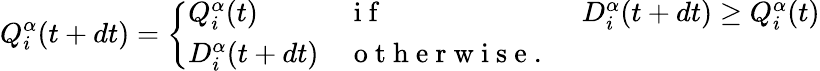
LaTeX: Q_{i}^{\alpha}(t+dt)=\left\{ \begin{array}{lll}{Q_{i}^{\alpha}(t)}&{\mathrm{~i~f~}}&{D_{i}^{\alpha}(t+dt)\geq Q_{i}^{\alpha}(t)}\\ {D_{i}^{\alpha}(t+dt)}&{\mathrm{~o~t~h~e~r~w~i~s~e~.~}}&{}\end{array}\right.